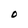
Character: O